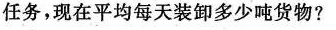
任务，现在平均每天装卸多少吨货物?